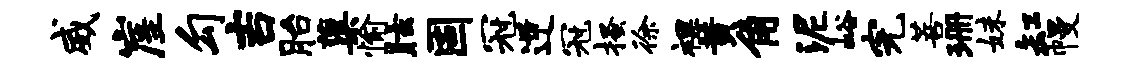
威崖勾吉胎蕖愉眩固冠逆冠搔徐裸黄角泥峪完菩珊妹缸幔